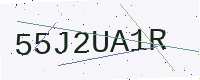
Text: 55J2UA1R